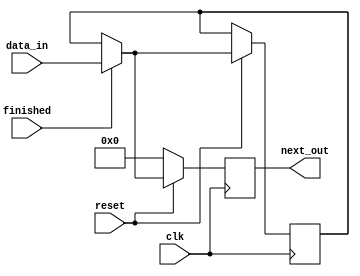
module next_b#(parameter byte=8)(
    output reg [byte*12-1:0] next_out,
    input [byte*12-1:0] data_in, 
    input reset,
    input clk,
    input finished);

reg [byte*12-1:0] data_in_prev;

always @(posedge clk) begin
	if (reset == 0)begin
        next_out <= 0;
    end
  	else begin
        if(finished == 1)begin
            next_out <= data_in;
            data_in_prev <= data_in;
        end
        if (finished==0) begin
            next_out <= data_in_prev;
        end        
    end
end
endmodule